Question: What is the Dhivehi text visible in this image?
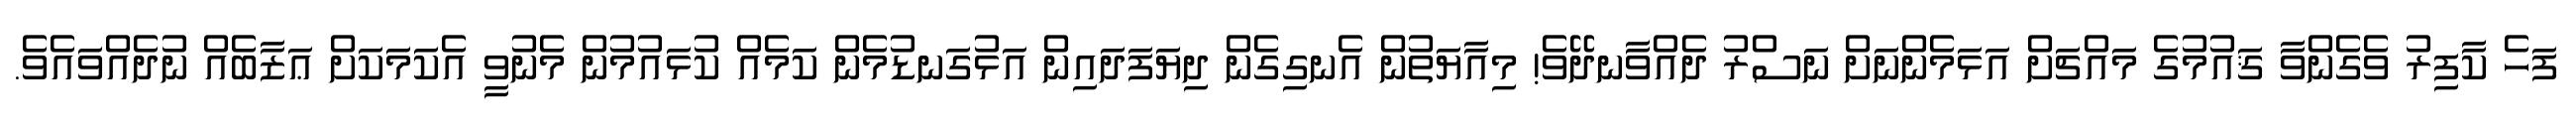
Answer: ފަހެ ކާފިރު ވެގެންވާ ޤައުމުގެ މައްޗަށް އަޅަމެންނަށް ނަސްރު ދެއްވާނދޭވެ! މިއާޔަތުން އެނގިގެން ދިޔަފަދައިން އަޅުގަނޑުމެން ކަމެއް ކުޅައުމުން މެނުވީ އެކަމަކަށް ޢަޒާބެއް ނުދެއްވައެވެ.